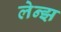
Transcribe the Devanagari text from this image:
लेन्झ